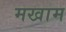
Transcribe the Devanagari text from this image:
मखाम